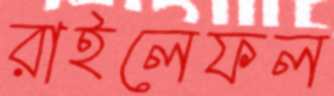
রাইলেফল